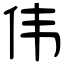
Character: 伟